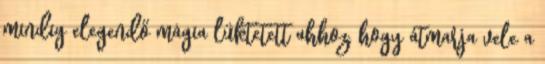
mindig elegendő mágia lüktetett ahhoz, hogy átmarja vele a